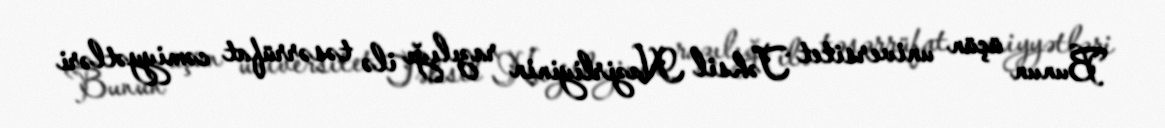
Bunun üçün universitet Təhsil Nazirliyinin razılığı ilə təsərrüfat cəmiyyətləri